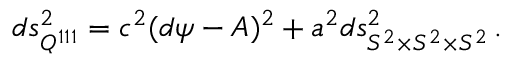
d s _ { Q ^ { 1 1 1 } } ^ { 2 } = c ^ { 2 } ( d \psi - { \cal A } ) ^ { 2 } + a ^ { 2 } d s _ { S ^ { 2 } \times S ^ { 2 } \times S ^ { 2 } } ^ { 2 } \, .